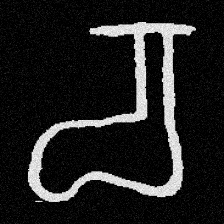
Pyu character \u2014 Myanmar letter: စ (romanized: ca)